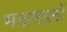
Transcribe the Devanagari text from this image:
भक्तमालों